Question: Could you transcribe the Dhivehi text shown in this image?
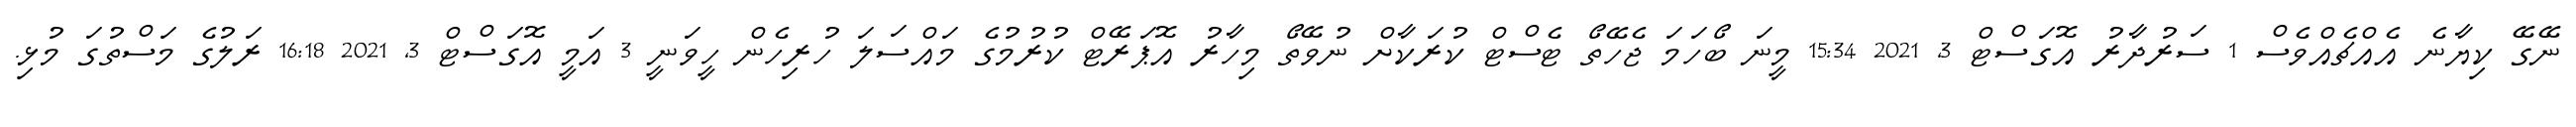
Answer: ނޭގޭ ކިޔާނެ އެއްޗެއްވެސް 1 ސަރުދާރު އޮގަސްޓް 3, 2021 15:34 މީނަ ބޯހަމަ ޖެހޭތޯ ޓެސްޓް ކުރަކާށް ނުވޭތޯ މިހާރު އޮޕަރޭޓް ކުރުމުގެ މައްސަލަ ހުރިހެން ހީވަނީ 3 އަމީ އޮގަސްޓް 3, 2021 16:18 ރަލުގެ މަސްތުގަ މުޅި.